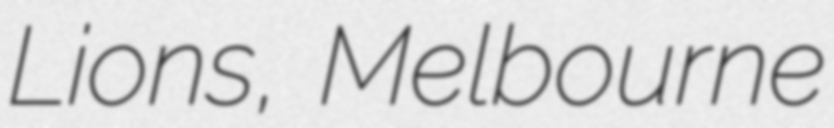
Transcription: Lions, Melbourne